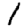
Digit: 1